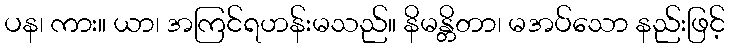
ပန၊ ကား။ ယာ၊ အကြင်ရဟန်းမသည်။ နိမန္တိတာ၊ မအပ်သော နည်းဖြင့်